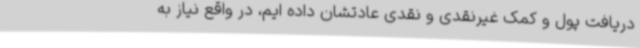
دریافت پول و کمک غیرنقدی و نقدی عادتشان داده ایم، در واقع نیاز به